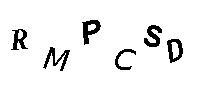
RMPCSD